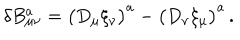
\delta B _ { \mu \nu } ^ { a } = \bigl ( D _ { \mu } \xi _ { \nu } \bigr ) ^ { a } - \bigl ( D _ { \nu } \xi _ { \mu } \bigr ) ^ { a } \, .